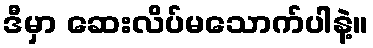
ဒီမှာ ဆေးလိပ်မသောက်ပါနဲ့။